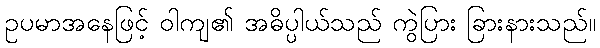
ဥပမာအနေဖြင့် ဝါကျ၏ အဓိပ္ပါယ်သည် ကွဲပြား ခြားနားသည်။